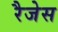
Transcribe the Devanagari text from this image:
रैजेस